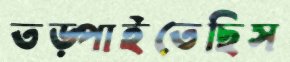
তড়্‌পাইতেছিস